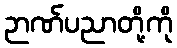
ဉာဏ်ပညာတို့ကို